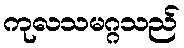
ကုလသမဂ္ဂသည်